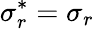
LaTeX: \sigma_{r}^{*}=\sigma_{r}